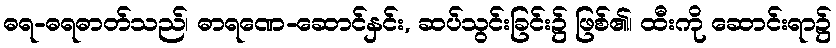
ဓရ-ဓရဓာတ်သည်၊ ဓာရဏေ-ဆောင်နှင်း, ဆပ်သွင်းခြင်း၌ ဖြစ်၏၊ ထီးကို ဆောင်းရာ၌